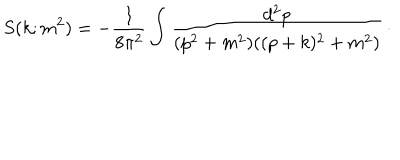
S ( k ; m ^ { 2 } ) = - { \frac { 1 } { 8 \pi ^ { 2 } } } \int { \frac { d ^ { 2 } p } { ( p ^ { 2 } + m ^ { 2 } ) ( ( p + k ) ^ { 2 } + m ^ { 2 } ) } } \, \cdotp